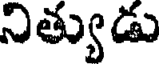
నిత్యుడు